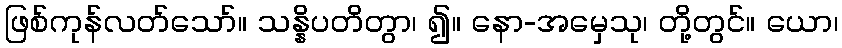
ဖြစ်ကုန်လတ်သော်။ သန္နိပတိတွာ၊ ၍။ နော-အမှေသု၊ တို့တွင်။ ယော၊